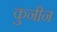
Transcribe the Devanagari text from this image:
कुनीन